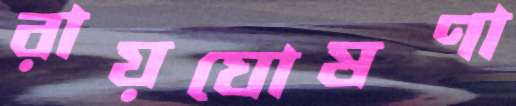
রায়ঘোষণা